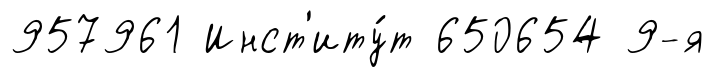
957961 Инст'иту́т 650654 9-я